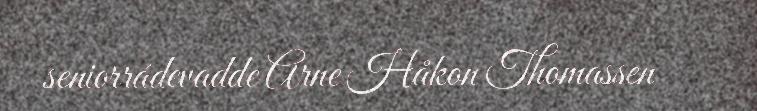
seniorrádevadde Arne Håkon Thomassen